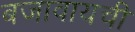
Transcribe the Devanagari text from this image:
बजावायची